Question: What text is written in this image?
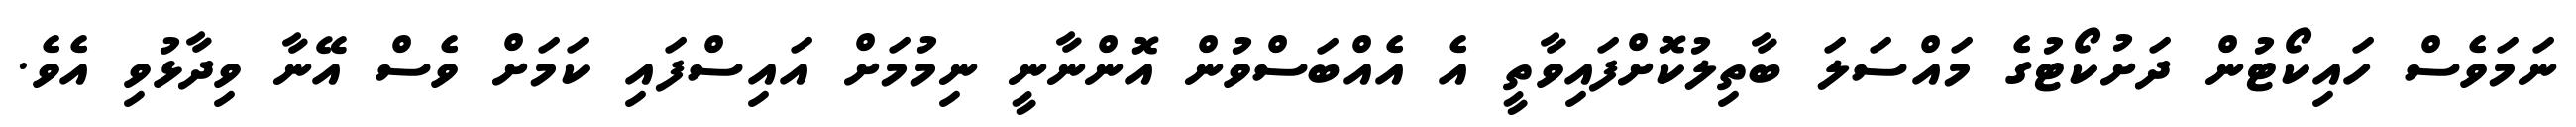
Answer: ނަމަވެސް ހައިކޯޓުން ދަށުކޯޓުގެ މައްސަލަ ބާތިލުކޮށްފައިވާތީ އެ އެއްބަސްވުން އޮންނާނީ ނިމުމަށް އައިސްފައި ކަމަށް ވެސް އޭނާ ވިދާޅުވި އެވެ.